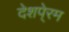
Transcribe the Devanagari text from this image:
देशपे्रम